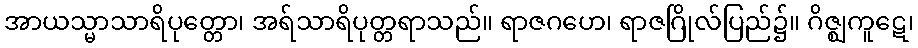
အာယသ္မာသာရိပုတ္တော၊ အရ်သာရိပုတ္တရာသည်။ ရာဇဂဟေ၊ ရာဇဂြိုလ်ပြည်၌။ ဂိဇ္ဈကူဋေ၊